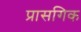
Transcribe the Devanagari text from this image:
प्रासगिक